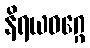
နိရယဝဂ္ဂေ